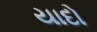
યાદો